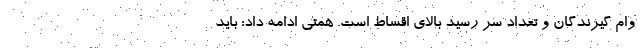
وام گیرندگان و تعداد سر رسید بالای اقساط است. همتی ادامه داد: باید